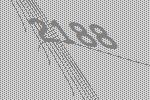
2188